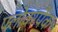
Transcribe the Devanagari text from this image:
फ्लोवरपैक